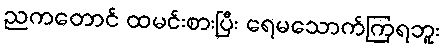
ညကတောင် ထမင်းစားပြီး ရေမသောက်ကြရဘူး